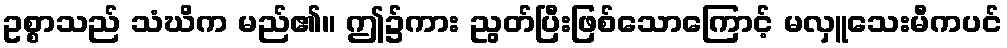
ဥစ္စာသည် သံဃိက မည်၏။ ဤ၌ကား ညွတ်ပြီးဖြစ်သောကြောင့် မလှူသေးမီကပင်